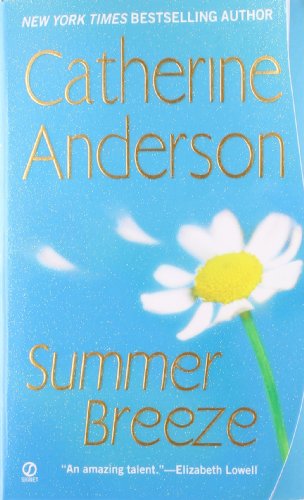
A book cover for Summer Breeze; Catherine Anderson; Literature & Fiction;